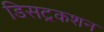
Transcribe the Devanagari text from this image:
डिसट्रकशन